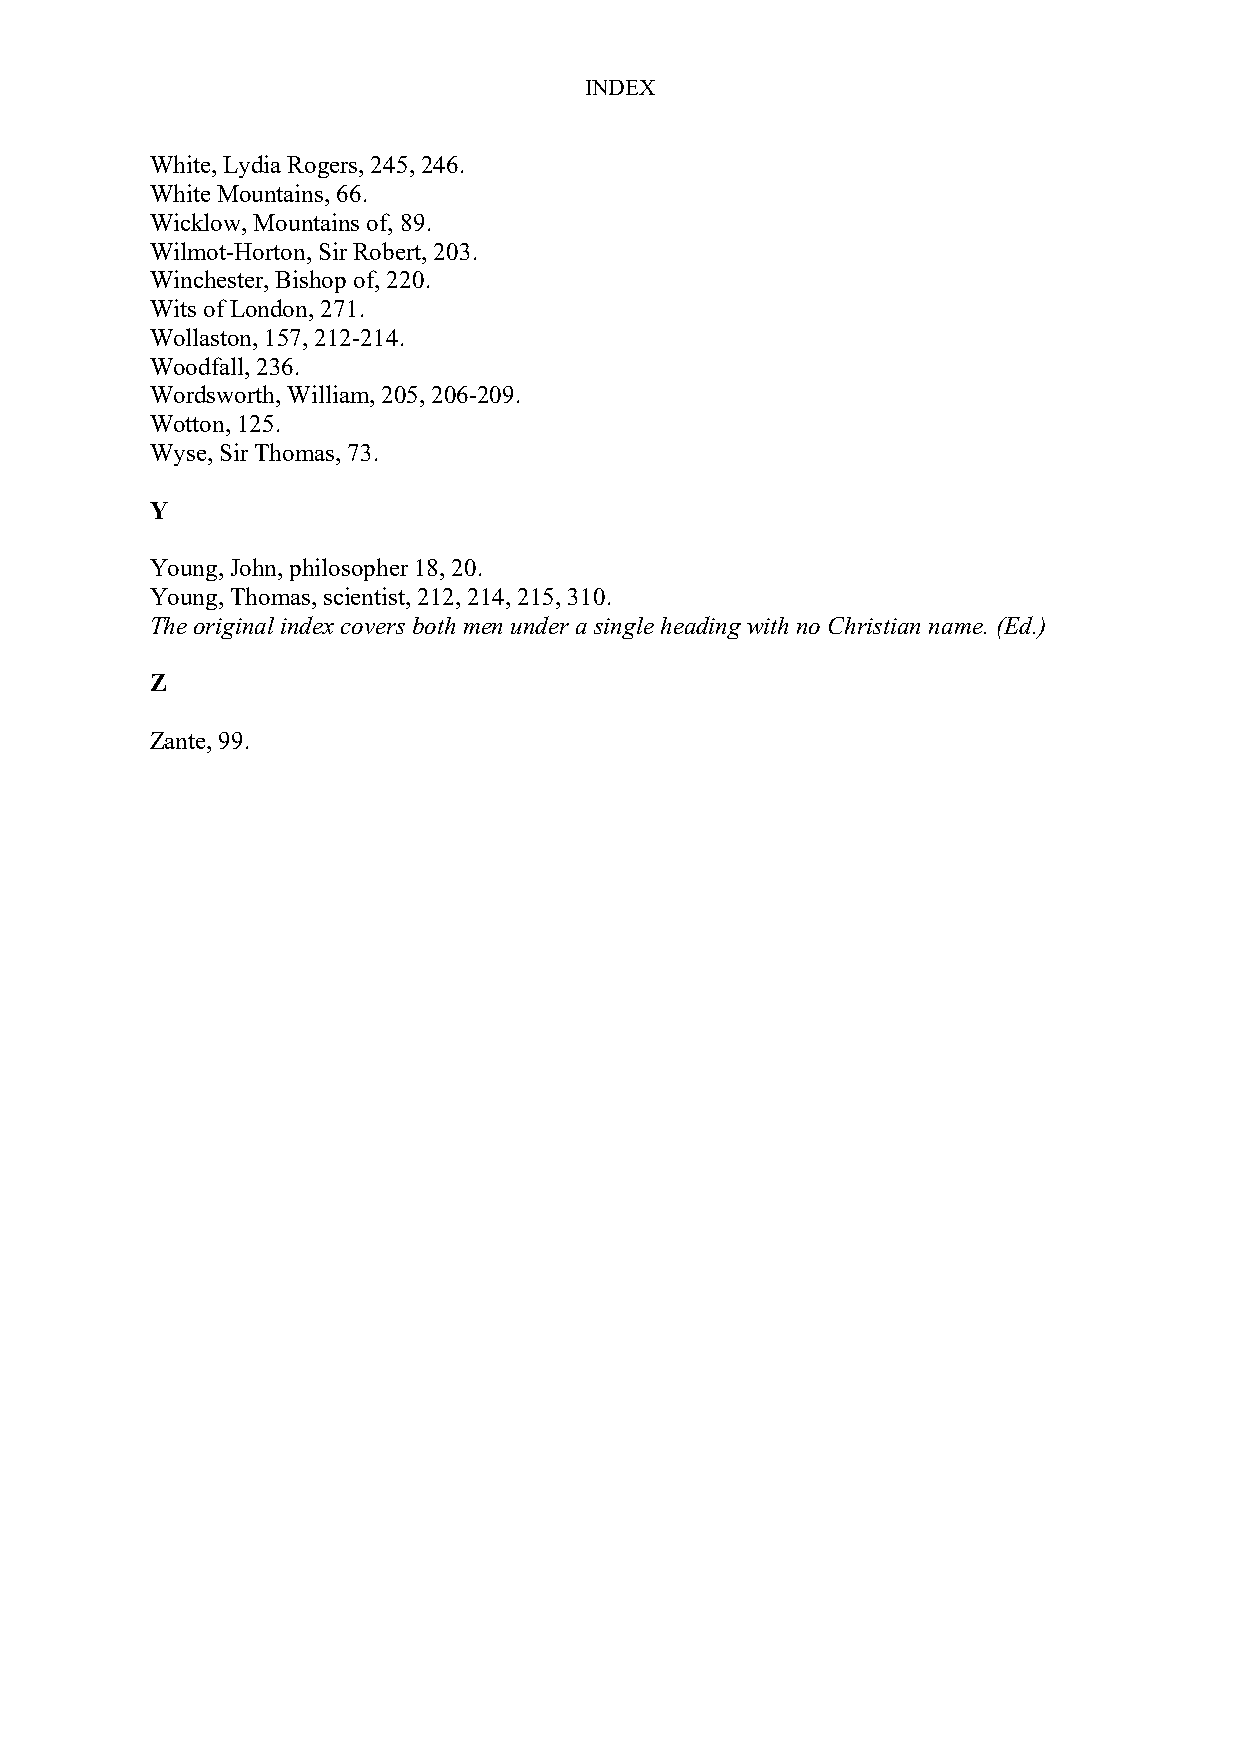
INDEX
 White, Lydia Rogers, 245, 246.
 White Mountains, 66.
 Wicklow, Mountains of, 89.
 Wilmot-Horton, Sir Robert, 203.
 Winchester, Bishop of, 220.
 Wits of London, 271.
 Wollaston, 157, 212-214.
 Woodfall, 236.
 Wordsworth, William, 205, 206-209.
 Wotton, 125.
 Wyse, Sir Thomas, 73.
 Y
 Young, John, philosopher 18, 20.
 Young, Thomas, scientist, 212, 214, 215, 310.
 The original index covers both men under a single heading with no Christian name. (Ed.)
 Z
 Zante, 99.